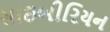
સાઇબીરિયન